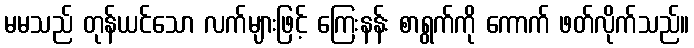
မမသည် တုန်ယင်သော လက်များဖြင့် ကြေးနန်း စာရွက်ကို ကောက် ဖတ်လိုက်သည်။